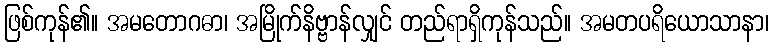
ဖြစ်ကုန်၏။ အမတောဂဓာ၊ အမြိုက်နိဗ္ဗာန်လျှင် တည်ရာရှိကုန်သည်။ အမတပရိယောသာနာ၊